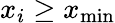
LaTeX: x_{i}\geq x_{\operatorname*{min}}